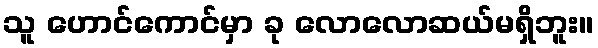
သူ ဟောင်ကောင်မှာ ခု လောလောဆယ်မရှိဘူး။